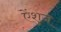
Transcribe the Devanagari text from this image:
ऐंशुज